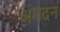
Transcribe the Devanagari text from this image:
अमदन